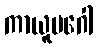
ကာယူပဂေါ